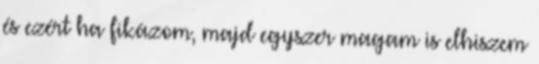
és ezért ha fikázom, majd egyszer magam is elhiszem